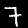
Label: 7